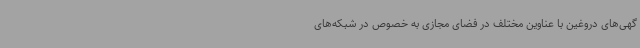
گهی‌های دروغین با عناوین‌ مختلف در فضای مجازی به خصوص در شبکه‌های